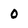
Character: 0